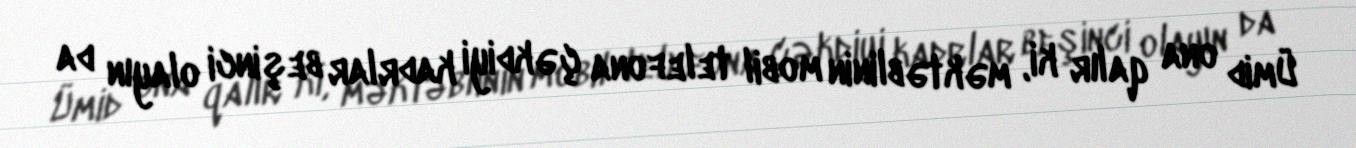
Ümid ona qalır ki, məktəblinin mobil telefona çəkdiyi kadrlar beşinci olayın da